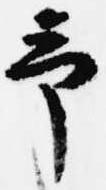
予